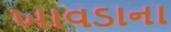
ખાવડાના